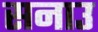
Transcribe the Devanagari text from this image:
सनाउ